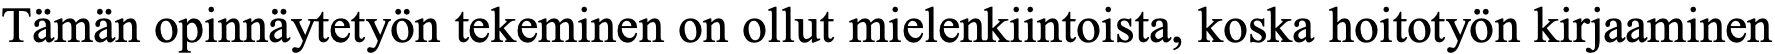
Tämän opinnäytetyön tekeminen on ollut mielenkiintoista, koska hoitotyön kirjaaminen